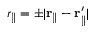
r _ { \parallel } = \pm | \mathbf { r } _ { \parallel } - \mathbf { r } _ { \parallel } ^ { \prime } |